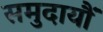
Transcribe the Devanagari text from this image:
समुदायौं